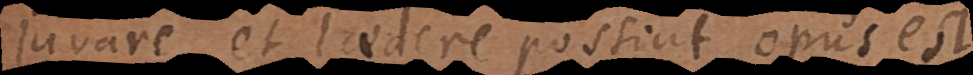
juvare et laedere possint, opus est